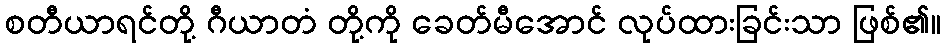
စတီယာရင်တို့ ဂီယာတံ တို့ကို ခေတ်မီအောင် လုပ်ထားခြင်းသာ ဖြစ်၏။